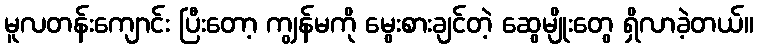
မူလတန်းကျောင်း ပြီးတော့ ကျွန်မကို မွေးစားချင်တဲ့ ဆွေမျိုးတွေ ရှိလာခဲ့တယ်။